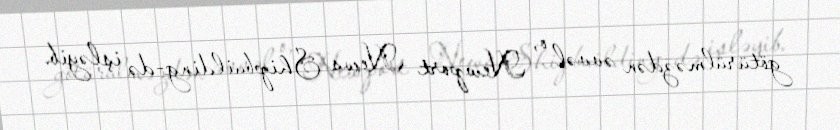
götürülməzdən əvvəl o, Newport News Shipbuilding-də işləyib.